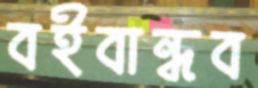
বইবান্ধব